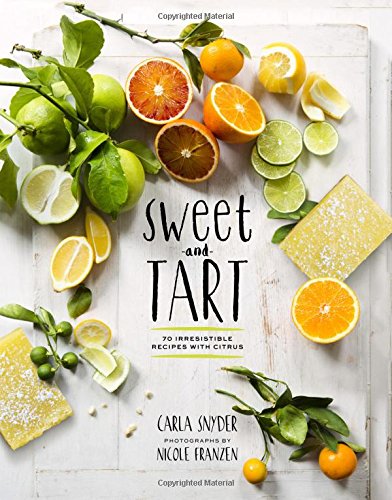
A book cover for Sweet and Tart: 70 Irresistible Recipes with Citrus; Carla Snyder; Cookbooks, Food & Wine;